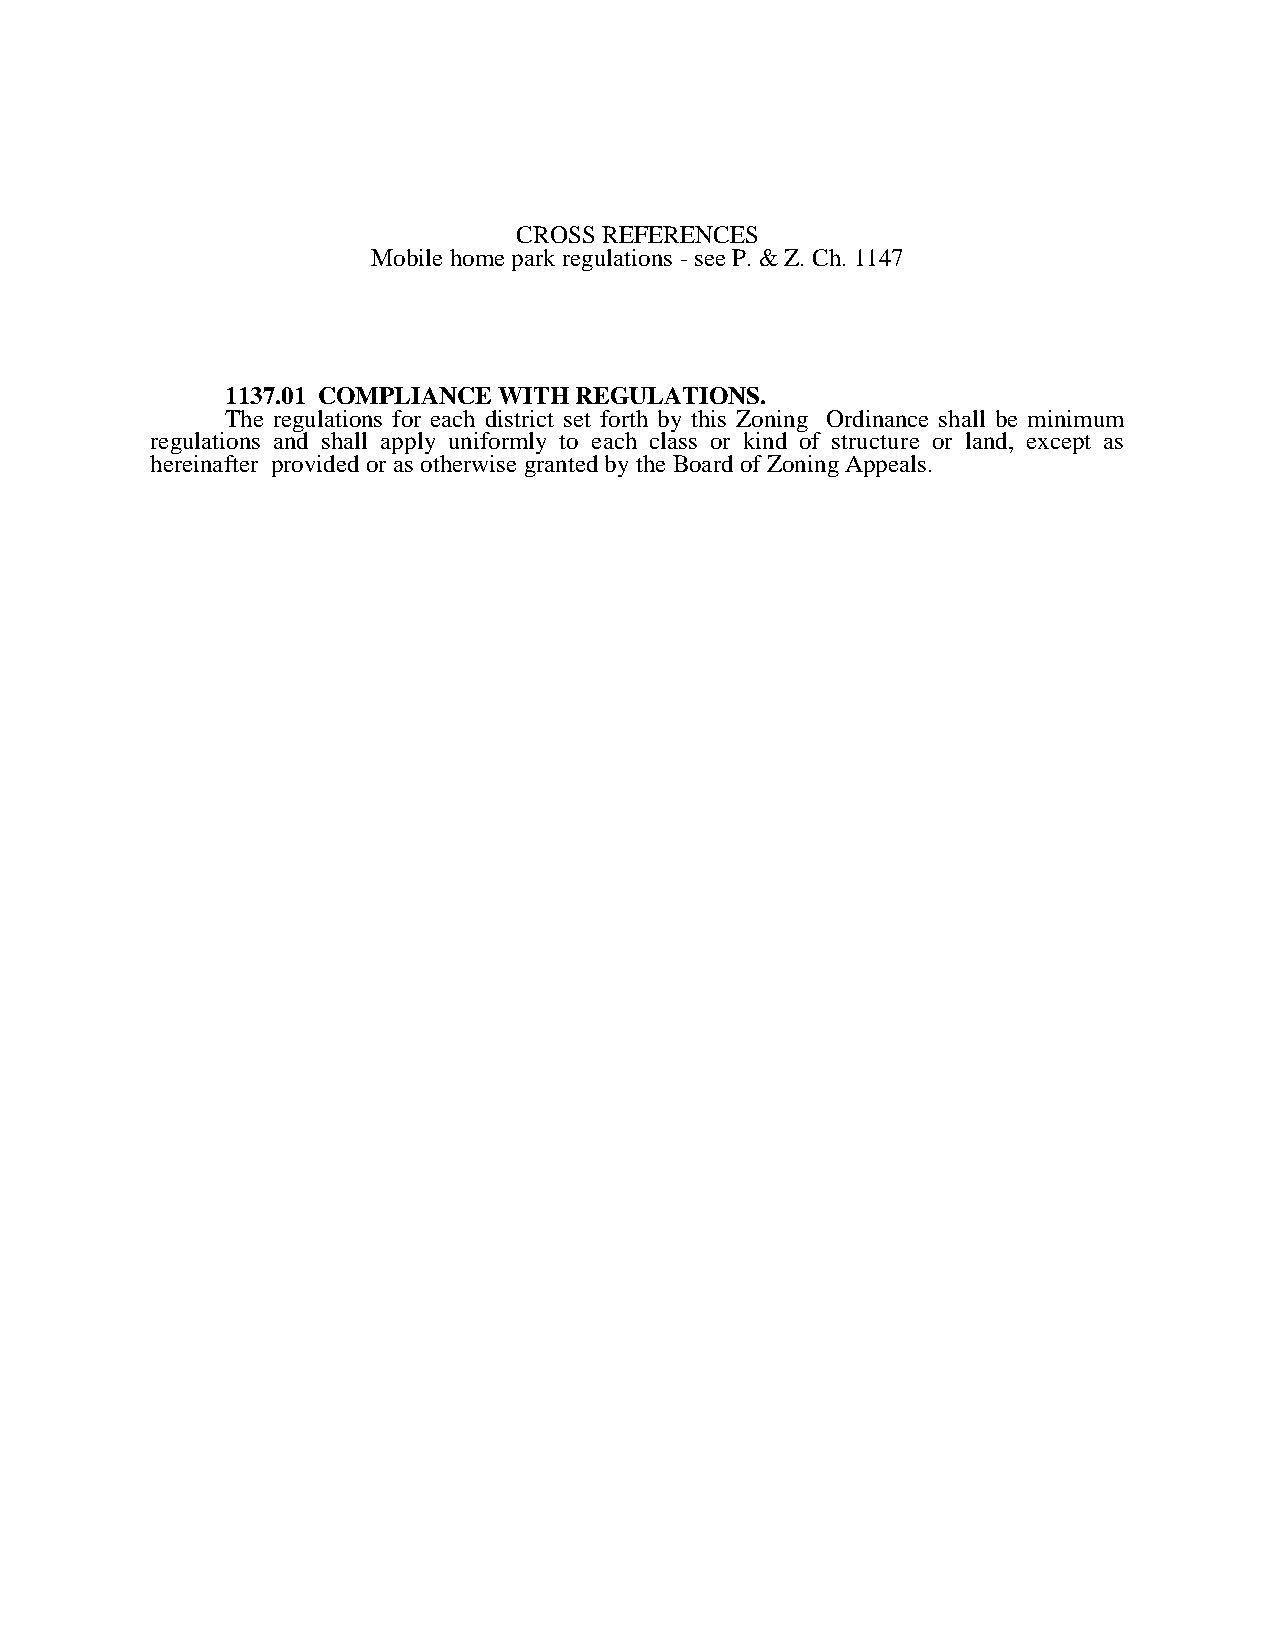
CROSS REFERENCES
 Mobile home park regulations - see P. & Z. Ch. 1147
 1137.01 COMPLIANCE WITH REGULATIONS.
 The regulations for each district set forth by this Zoning Ordinance shall be minimum
 regulations and shall apply uniformly to each class or kind of structure or land, except as
 hereinafter provided or as otherwise granted by the Board of Zoning Appeals.